Reports on dispensaries and lunatic asylums in the Province of Oudh - 1869-1876
Year: 1869
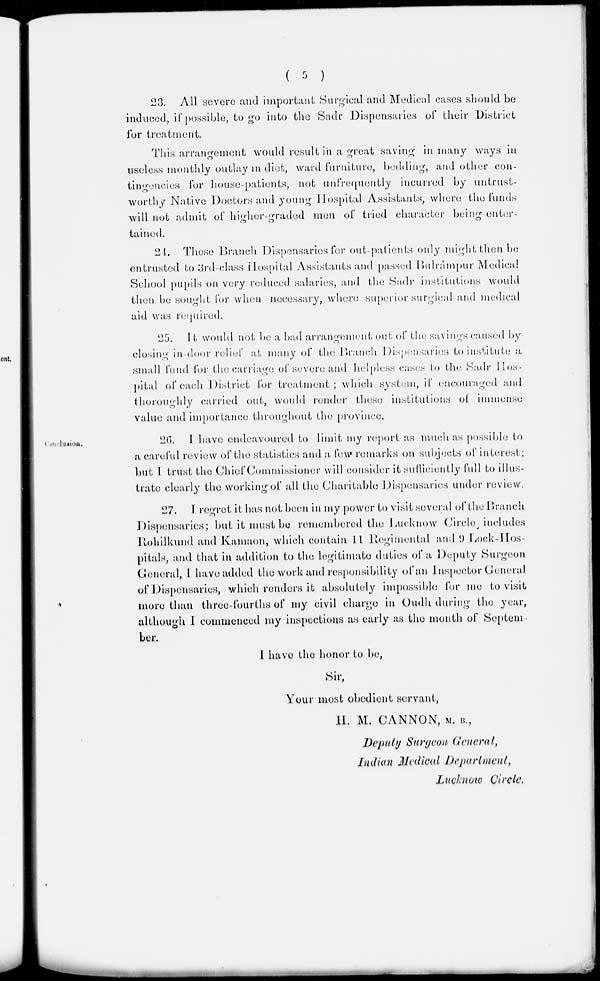
( 5 )
23. All severe and important Surgical and Medical cases should be
induced, if possible, to go into the Sadr Dispensaries of their District
for treatment.
This arrangement would result in a great saving in many ways in
useless monthly outlay in diet, ward furniture, bedding, and other con-
tingencies for house-patients, not unfrequently incurred by untrust-
worthy Native Doctors and young Hospital Assistants, where the funds
will not admit of higher-graded men of tried character being enter-
tained.
24. These Branch Dispensaries for out-patients only might then be
entrusted to 3rd-class Hospital Assistants and passed Balrámpur Medical
School pupils on very reduced salaries, and the Sadr institutions would
then be sought for when necessary, where superior surgical and medical
aid was required.
25. It would not be a bad arrangement out of the savings caused by
closing in-door relief at many of the Branch Dispensaries to institute a
small fund for the carriage of severe and helpless cases to the Sadr Hos-
pital of each District for treatment; which system, if encouraged and
thoroughly carried out, would render these institutions of immense
value and importance throughout the province.
Conclusion.
26. I have endeavoured to limit my report as much as possible to
a careful review of the statistics and a few remarks on subjects of interest;
but I trust the Chief Commissioner will consider it sufficiently full to illus-
trate clearly the working of all the Charitable Dispensaries under review.
27. I regret it has not been in my power to visit several of the Branch
Dispensaries; but it must be remembered the Lucknow Circle includes
Rohilkhund and Kamaon, which contain 11 Regimental and 9 Lock-Hos-
pitals, and that in addition to the legitimate duties of a Deputy Surgeon
General, I have added the work and responsibility of an Inspector General
of Dispensaries, which renders it absolutely impossible for me to visit
more than three-fourths of my civil charge in Oudh during the year,
although I commenced my inspections as early as the month of September.
I have the honor to be,
Sir,
Your most obedient servant,
H. M. CANNON, M. B.,
Deputy Surgeon General,
Indian Medical Department,
Lucknow Circle.